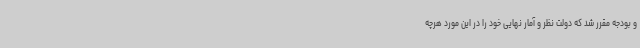
و بودجه مقرر شد که دولت نظر و آمار نهایی خود را در این مورد هرچه